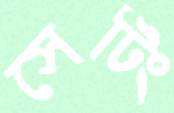
সেটিং